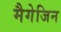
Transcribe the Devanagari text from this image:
मैगेजिन